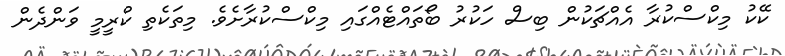
ކޭކު މިކްސްކުރާ އެއްޗަކުން ބިސް ހަކުރު ބޯތައްޓެއްގައި މިކްސްކުރާށެވެ. މިތަކެތި ކްރީމީ ވަންދެން